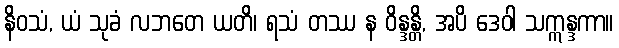
နိဝသံ, ယံ သုခံ လဘတေ ယတိ၊ ရသံ တဿ န ဝိန္ဒန္တိ, အပိ ဒေဝါ သဣန္ဒကာ။